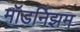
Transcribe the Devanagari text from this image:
मॉडर्निझम